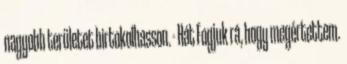
nagyobb területet birtokolhasson. - Hát Fogjuk rá, hogy megértettem.